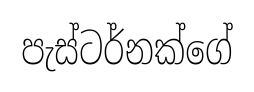
පැස්ටර්නක්ගේ